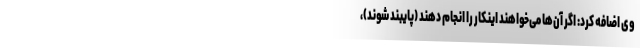
وی اضافه کرد: اگر آن‌ها می‌خواهند اینکار را انجام دهند (پایبند شوند)،